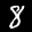
Label: 8